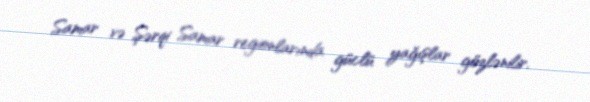
Samar və Şərqi Samar regionlarında güclü yağışlar gözlənilir.